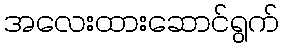
အလေးထားဆောင်ရွက်